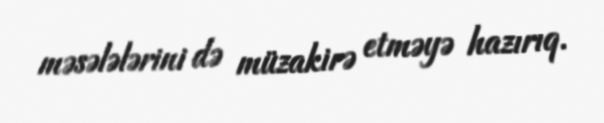
məsələlərini də müzakirə etməyə hazırıq.